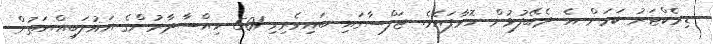
ޑިރެކްޓަރު ކަމަށް އެ ދެބޭފުޅުން ހޮވާފައެވެ. ޖަލްސާގައި ބައިވެރިވި 501 ހިއްސާދާރުންގެ އަޣުލަބިއްޔަތުން